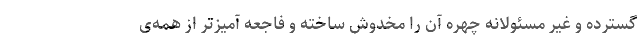
گسترده و غیر مسئولانه چهره آن را مخدوش ساخته و فاجعه آمیزتر از همه‌ی